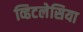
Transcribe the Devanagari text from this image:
व्हिटलेसिया